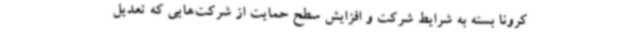
کرونا بسته به شرایط‌ شرکت و افزایش سطح حمایت از شرکت‌هایی که تعدیل